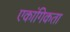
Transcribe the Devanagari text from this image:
एकांगिकता